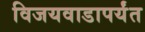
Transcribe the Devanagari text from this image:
विजयवाडापर्यंत